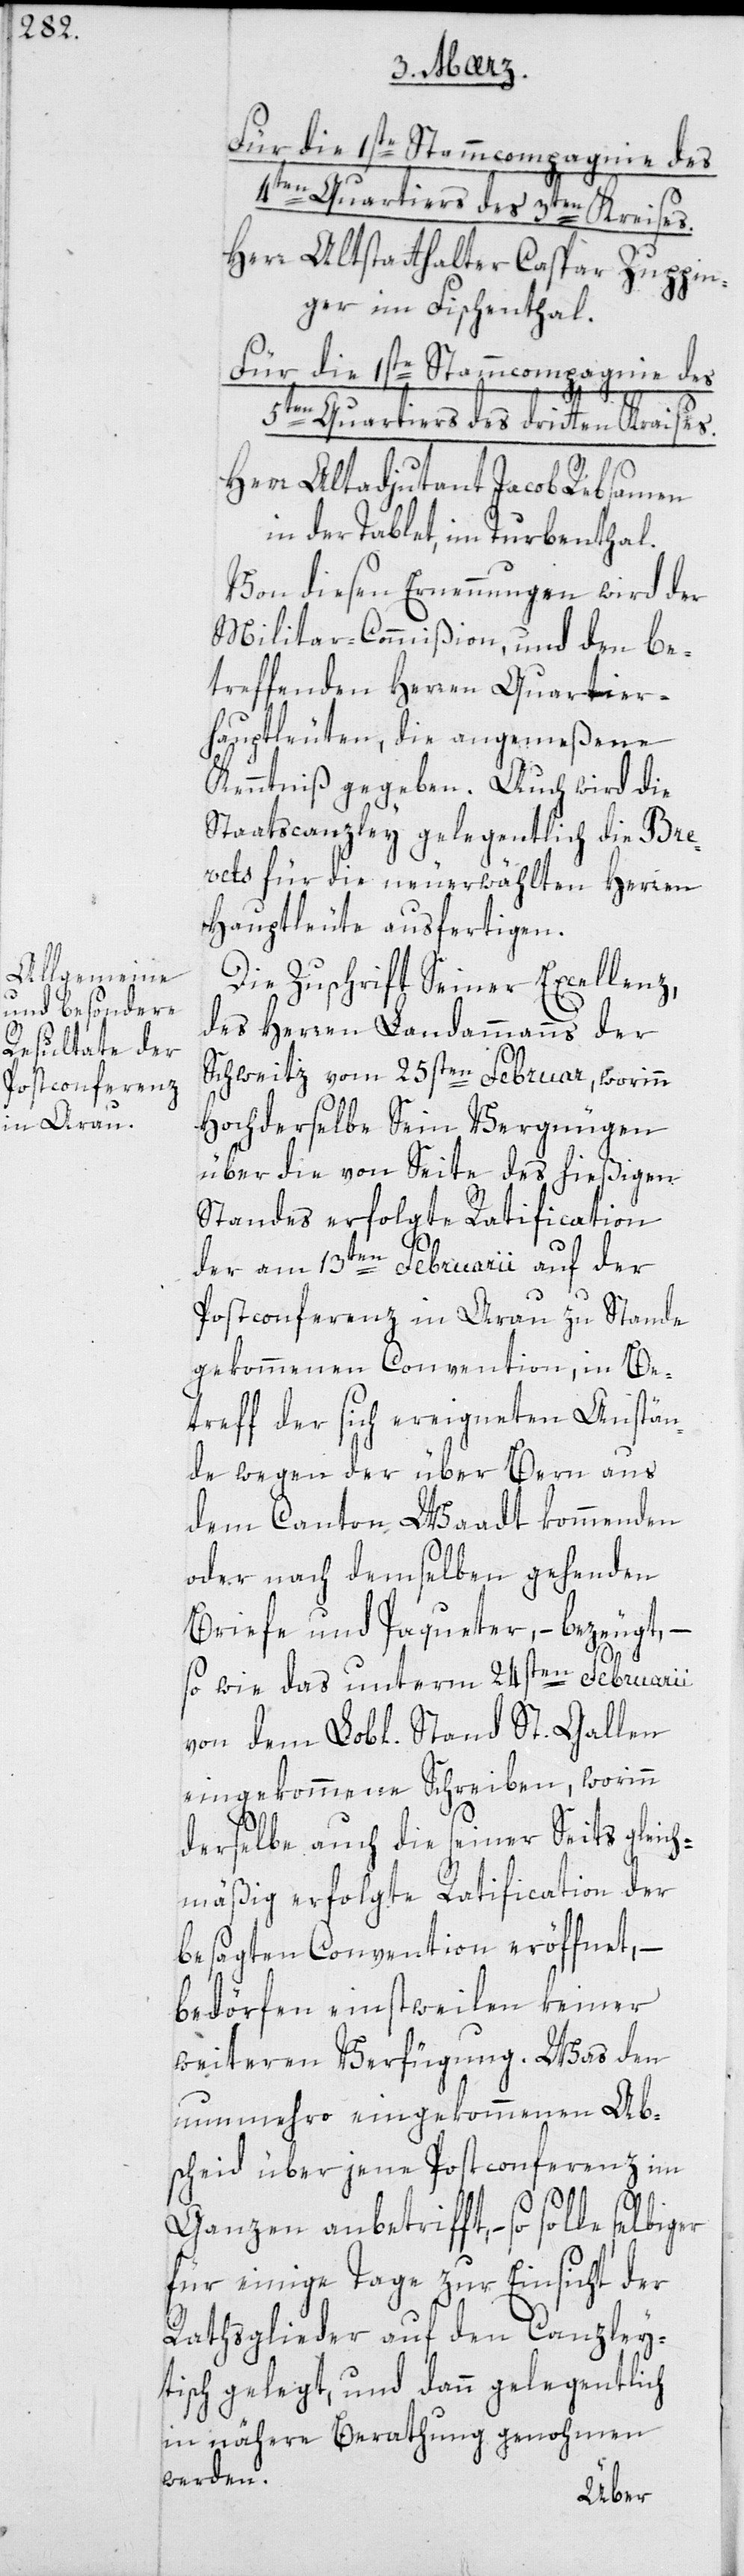
Für die 1ste Stammcompagnie des
5ten Quartiers des 3ten Kreises.
Herr Altstatthalter Caspar Zuppin¬
ger im Fischenthal.
Herr Altadjudant Jacob Rebsamen
in der Tablat, im Turbenthal.
Von diesen Ernennungen wird der
Militar-Commißion und den be¬
treffenden Herren Quartier¬
hauptleuten, die angemeßene
Kenntniß gegeben. Auch wird die
Staatscanzley gelegentlich die Bre¬
vets für die neu erwählten Herren
Hauptleute ausfertigen.
Die Zuschrift Seiner Excellenz
des Herren Landammanns der
Schweitz vom 25sten Februar, worinn
hochderselbe sein Vergnügen
über die von Seite des hießigen
Standes erfolgte Ratification
der am 13ten Februarii auf der
Postconferenz in Arau zustande
gekommenen Convention, in Be¬
treff der sich ereigneten Anstän¬
de wegen der über Bern aus
dem Canton Waadt kommenden
oder nach demselben gehenden
Briefe und Paqueter, – bezeugt, –
so wie das unterm 24sten Februarii
eingekommene Schreiben, worinn
derselbe auch die seinerseits geich¬
mäßig erfolgte Ratification der
besagten Convention eröffnet, –
bedörfen einstweilen keiner
weiteren Verfügung. Was den
nunmehro eingekommenen Ab¬
scheid über jene Postconferenz im
Ganzen anbetrifft, – so solle
für einige Tage zur Einsicht der
Rathsglieder auf den Canzley¬
tisch gelegt, und dann gelegentlich
in nähere Berathung genohmen
werden.